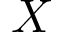
X